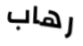
رهاب